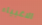
الاغبياء